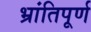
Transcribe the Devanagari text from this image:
भ्रांतिपूर्ण